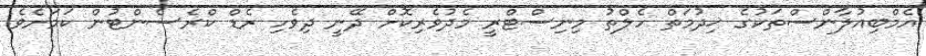
އެމްބިއުލާންސްތަކުގެ ޚިދުމަތް ހެލްތު މިނިސްޓްރީ މެދުވެރިކޮށް ދޭނީ ދިވެހި ރެޑް ކްރެސެންޓުން ކަމަށެވެ.